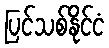
ပြင်သစ်နိုင်ငံ